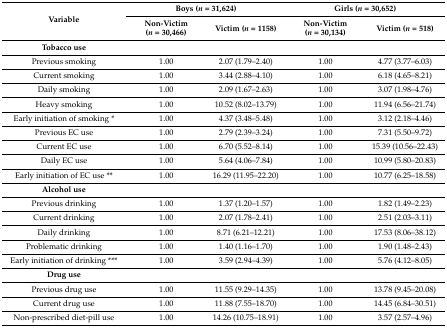
<table><thead><tr><td rowspan="2"><b>Variable</b></td><td colspan="2"><b>Boys (<i>n</i> = 31,624)</b></td><td colspan="2"><b>Girls (<i>n</i> = 30,652)</b></td></tr><tr><td><b>Non-Victim (<i>n</i> = 30,466)</b></td><td><b>Victim (<i>n</i> = 1158)</b></td><td><b>Non-Victim (<i>n</i> = 30,134)</b></td><td><b>Victim (<i>n</i> = 518)</b></td></tr></thead><tbody><tr><td><b>Tobacco use</b></td><td></td><td></td><td></td><td></td></tr><tr><td>Previous smoking</td><td>1.00</td><td>2.07 (1.79–2.40)</td><td>1.00</td><td>4.77 (3.77–6.03)</td></tr><tr><td>Current smoking</td><td>1.00</td><td>3.44 (2.88–4.10)</td><td>1.00</td><td>6.18 (4.65–8.21)</td></tr><tr><td>Daily smoking</td><td>1.00</td><td>2.09 (1.67–2.63)</td><td>1.00</td><td>3.07 (1.98–4.76)</td></tr><tr><td>Heavy smoking</td><td>1.00</td><td>10.52 (8.02–13.79)</td><td>1.00</td><td>11.94 (6.56–21.74)</td></tr><tr><td>Early initiation of smoking *</td><td>1.00</td><td>4.37 (3.48–5.48)</td><td>1.00</td><td>3.12 (2.18–4.46)</td></tr><tr><td>Previous EC use</td><td>1.00</td><td>2.79 (2.39–3.24)</td><td>1.00</td><td>7.31 (5.50–9.72)</td></tr><tr><td>Current EC use</td><td>1.00</td><td>6.70 (5.52–8.14)</td><td>1.00</td><td>15.39 (10.56–22.43)</td></tr><tr><td>Daily EC use</td><td>1.00</td><td>5.64 (4.06–7.84)</td><td>1.00</td><td>10.99 (5.80–20.83)</td></tr><tr><td>Early initiation of EC use **</td><td>1.00</td><td>16.29 (11.95–22.20)</td><td>1.00</td><td>10.77 (6.25–18.58)</td></tr><tr><td><b>Alcohol use</b></td><td></td><td></td><td></td><td></td></tr><tr><td>Previous drinking</td><td>1.00</td><td>1.37 (1.20–1.57)</td><td>1.00</td><td>1.82 (1.49–2.23)</td></tr><tr><td>Current drinking</td><td>1.00</td><td>2.07 (1.78–2.41)</td><td>1.00</td><td>2.51 (2.03–3.11)</td></tr><tr><td>Daily drinking</td><td>1.00</td><td>8.71 (6.21–12.21)</td><td>1.00</td><td>17.53 (8.06–38.12)</td></tr><tr><td>Problematic drinking</td><td>1.00</td><td>1.40 (1.16–1.70)</td><td>1.00</td><td>1.90 (1.48–2.43)</td></tr><tr><td>Early initiation of drinking ***</td><td>1.00</td><td>3.59 (2.94–4.39)</td><td>1.00</td><td>5.76 (4.12–8.05)</td></tr><tr><td><b>Drug use</b></td><td></td><td></td><td></td><td></td></tr><tr><td>Previous drug use</td><td>1.00</td><td>11.55 (9.29–14.35)</td><td>1.00</td><td>13.78 (9.45–20.08)</td></tr><tr><td>Current drug use</td><td>1.00</td><td>11.88 (7.55–18.70)</td><td>1.00</td><td>14.45 (6.84–30.51)</td></tr><tr><td>Non-prescribed diet-pill use</td><td>1.00</td><td>14.26 (10.75–18.91)</td><td>1.00</td><td>3.57 (2.57–4.96)</td></tr></tbody></table>